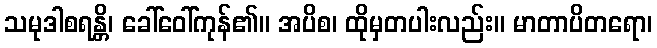
သမုဒါစရန္တိ၊ ခေါ်ဝေါ်ကုန်၏။ အပိစ၊ ထိုမှတပါးလည်း။ မာတာပိတရော၊